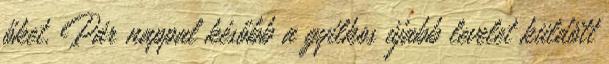
őket. Pár nappal később a gyilkos újabb levelet küldött